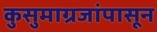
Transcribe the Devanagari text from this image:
कुसुमाग्रजांपासून